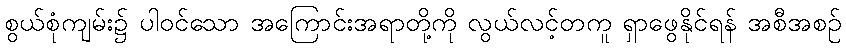
စွယ်စုံကျမ်း၌ ပါဝင်သော အကြောင်းအရာတို့ကို လွယ်လင့်တကူ ရှာဖွေနိုင်ရန် အစီအစဉ်